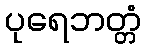
ပုရေဘတ္တံ